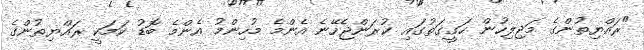
"ރައްޔިތުންގެ މަޖިލިހުން ހަގީގަތުގައި ކުރަންޖެހޭނެ އެންމެ މުހިންމު އެންމެ ބޮޑު ކަމަކީ ރައްޔިތުންގެ